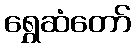
ရွှေဆံတော်